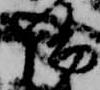
陽